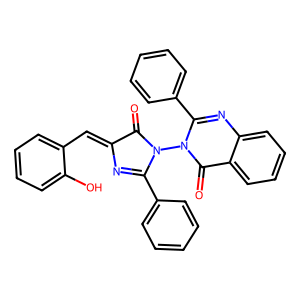
SMILES: O=C1C(=Cc2ccccc2O)N=C(c2ccccc2)N1n1c(-c2ccccc2)nc2ccccc2c1=O
Inhibits HIV replication: No